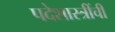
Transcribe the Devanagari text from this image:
पदेशास्त्रींची